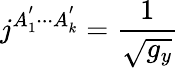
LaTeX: j^{A_{1}^{^{\prime}}\cdot\cdot\cdot A_{k}^{^{\prime}}}=\frac 1{\sqrt{g_{y}}}